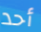
أحد